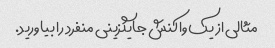
مثالی از یک واکنش جایگزینی منفرد را بیاورید.